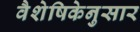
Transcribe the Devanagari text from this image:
वैशेषिकेनुसार